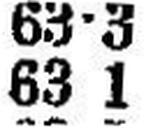
63 1